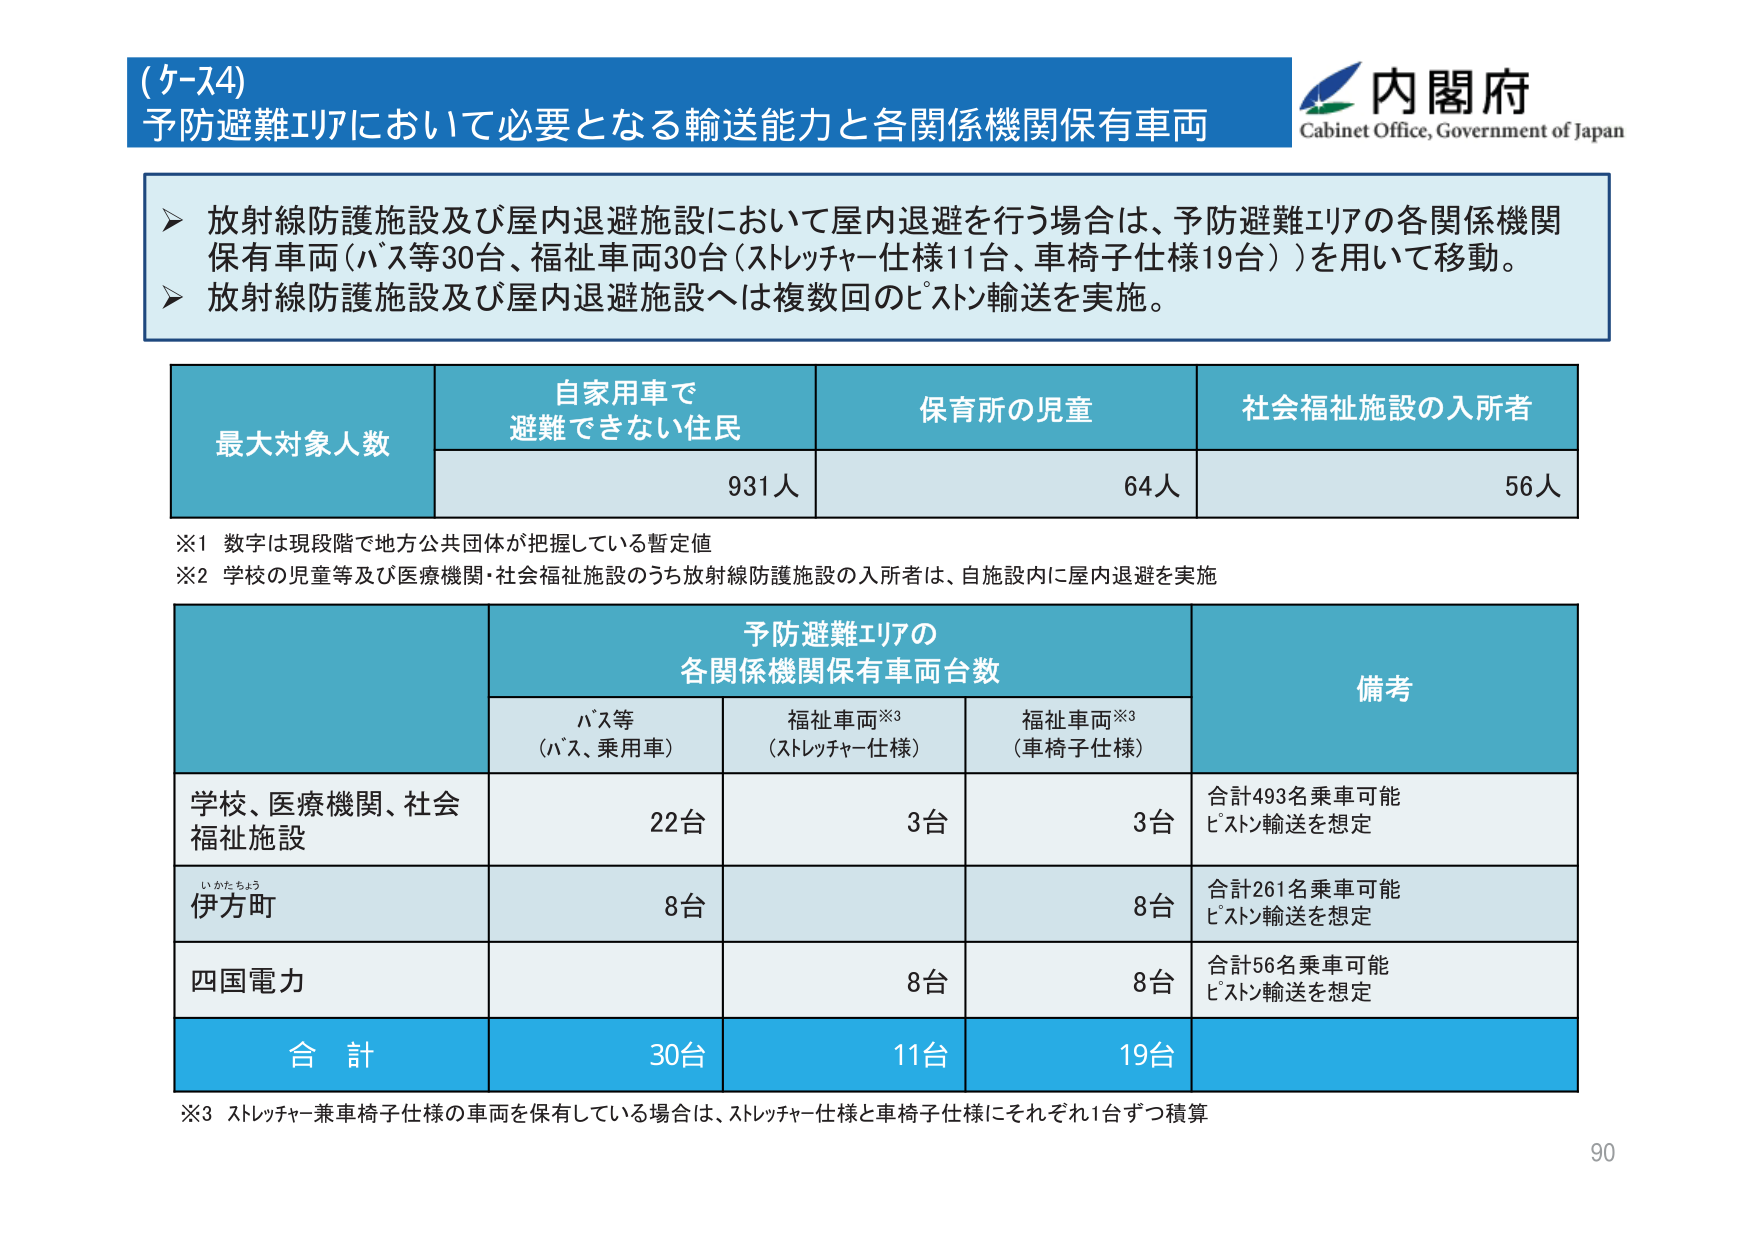
(ケース4)
予防避難エリアにおいて必要となる輸送能力と各関係機関保有車両

内閣府
Cabinet Office, Government of Japan

▶ 放射線防護施設及び屋内退避施設において屋内退避を行う場合は、予防避難エリアの各関係機関保有車両（バス等30台、福祉車両30台（ストレッチャー仕様11台、車椅子仕様19台））を用いて移動。
▶ 放射線防護施設及び屋内退避施設へは複数回のピストン輸送を実施。

最大対象人数
自家用車で避難できない住民
保育所の児童
社会福祉施設の入所者
931人
64人
56人

※1 数字は現段階で地方公共団体が把握している暫定値
※2 学校の児童等及び医療機関・社会福祉施設のうち放射線防護施設の入所者は、自施設内に屋内退避を実施

予防避難エリアの
各関係機関保有車両台数
備考
バス等（バス、乗用車）
福祉車両※3（ストレッチャー仕様）
福祉車両※3（車椅子仕様）
学校、医療機関、社会福祉施設
22台
3台
3台
合計493名乗車可能 ピストン輸送を想定
伊方町
8台
8台
合計261名乗車可能 ピストン輸送を想定
四国電力
8台
8台
合計56名乗車可能 ピストン輸送を想定
合計
30台
11台
19台

※3 ストレッチャー兼車椅子仕様の車両を保有している場合は、ストレッチャー仕様と車椅子仕様にそれぞれ1台ずつ積算

90